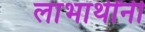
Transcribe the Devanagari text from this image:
लाभार्थींनी